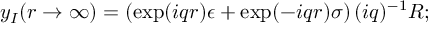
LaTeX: y _ { I } ( r \to \infty ) = \left( \exp ( i q r ) \epsilon + \exp ( - i q r ) \sigma \right) ( i q ) ^ { - 1 } R ;